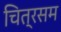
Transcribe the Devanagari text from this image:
चित्रसम